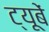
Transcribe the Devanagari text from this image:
ट्यूबें